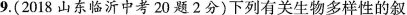
9. (2018山东临沂中考20题2分) 下列有关生物多样性的叙